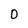
Character: 0